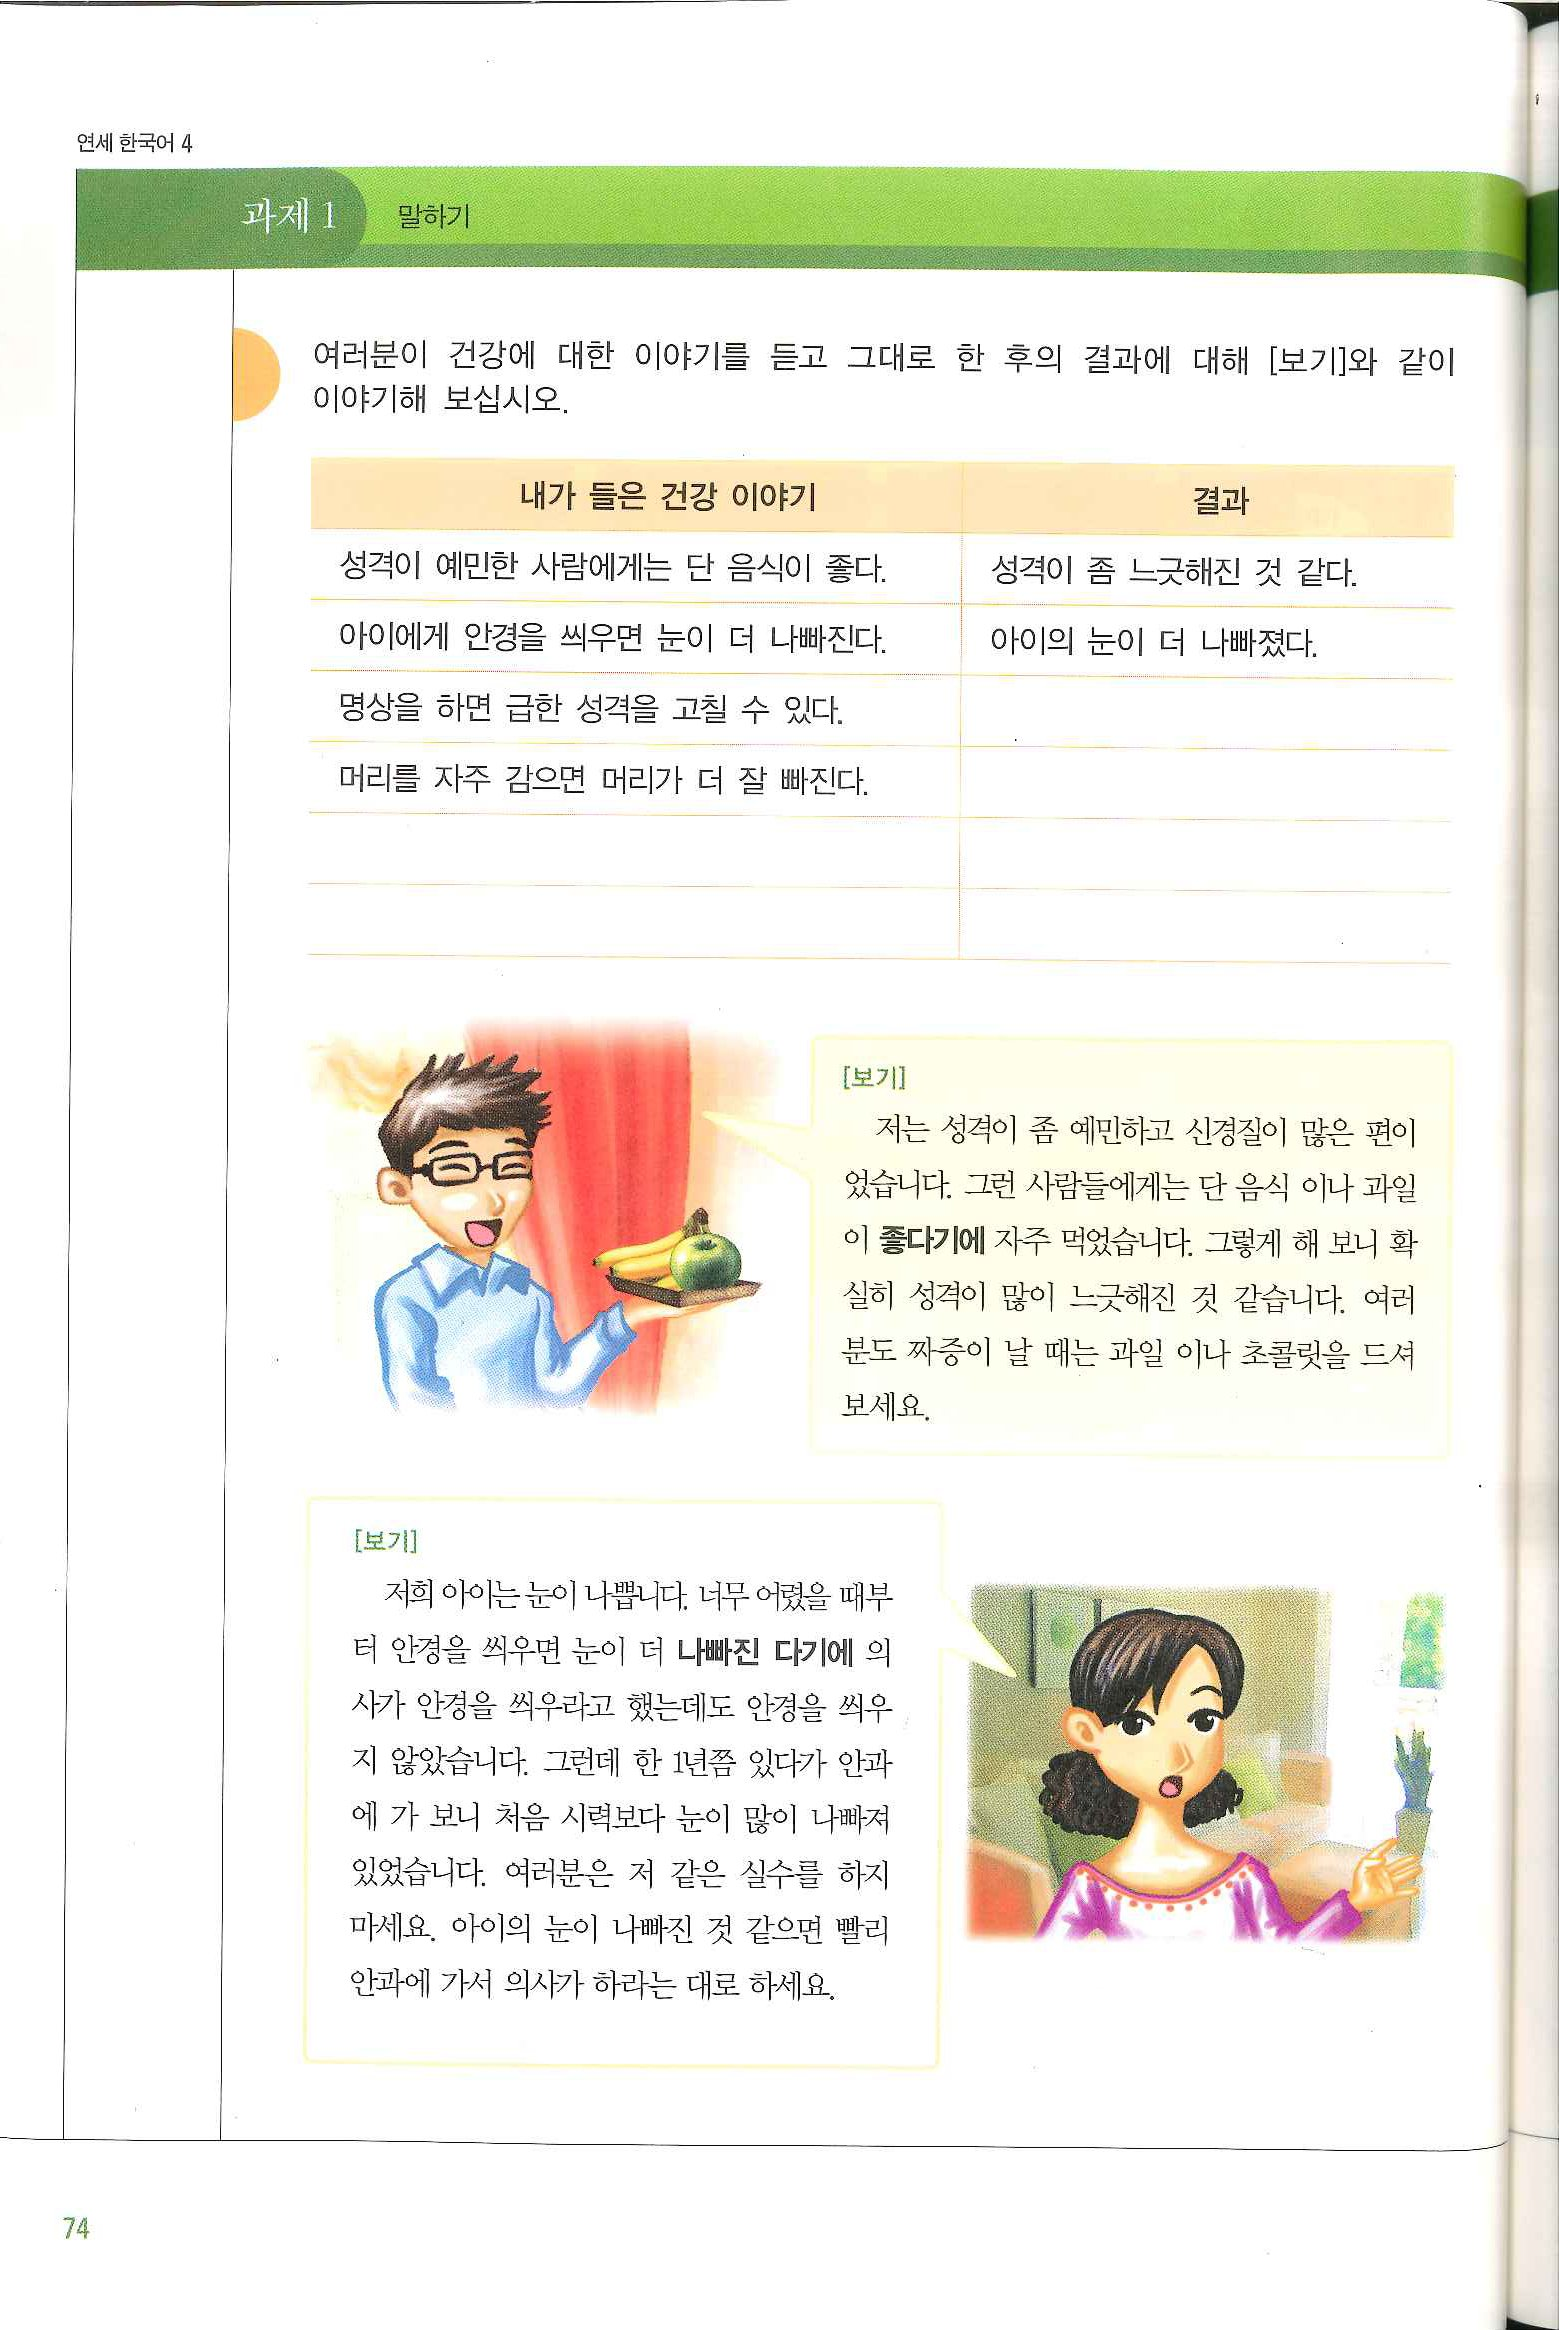
Language: ko